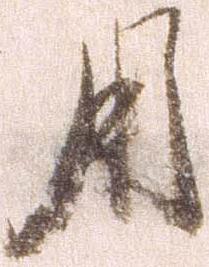
用